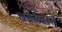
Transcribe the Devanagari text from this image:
चक्रावात